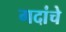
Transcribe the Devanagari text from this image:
गदांचे